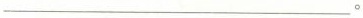
___。